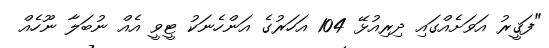
"ފަޤީރު އަވަށެއްގައި ދިރިއުޅޭ 104 އަހަރުގެ އަންހެނަކު ޓީވީ އެއް ނުބަލާ ނޫހެއް